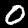
Digit: 0